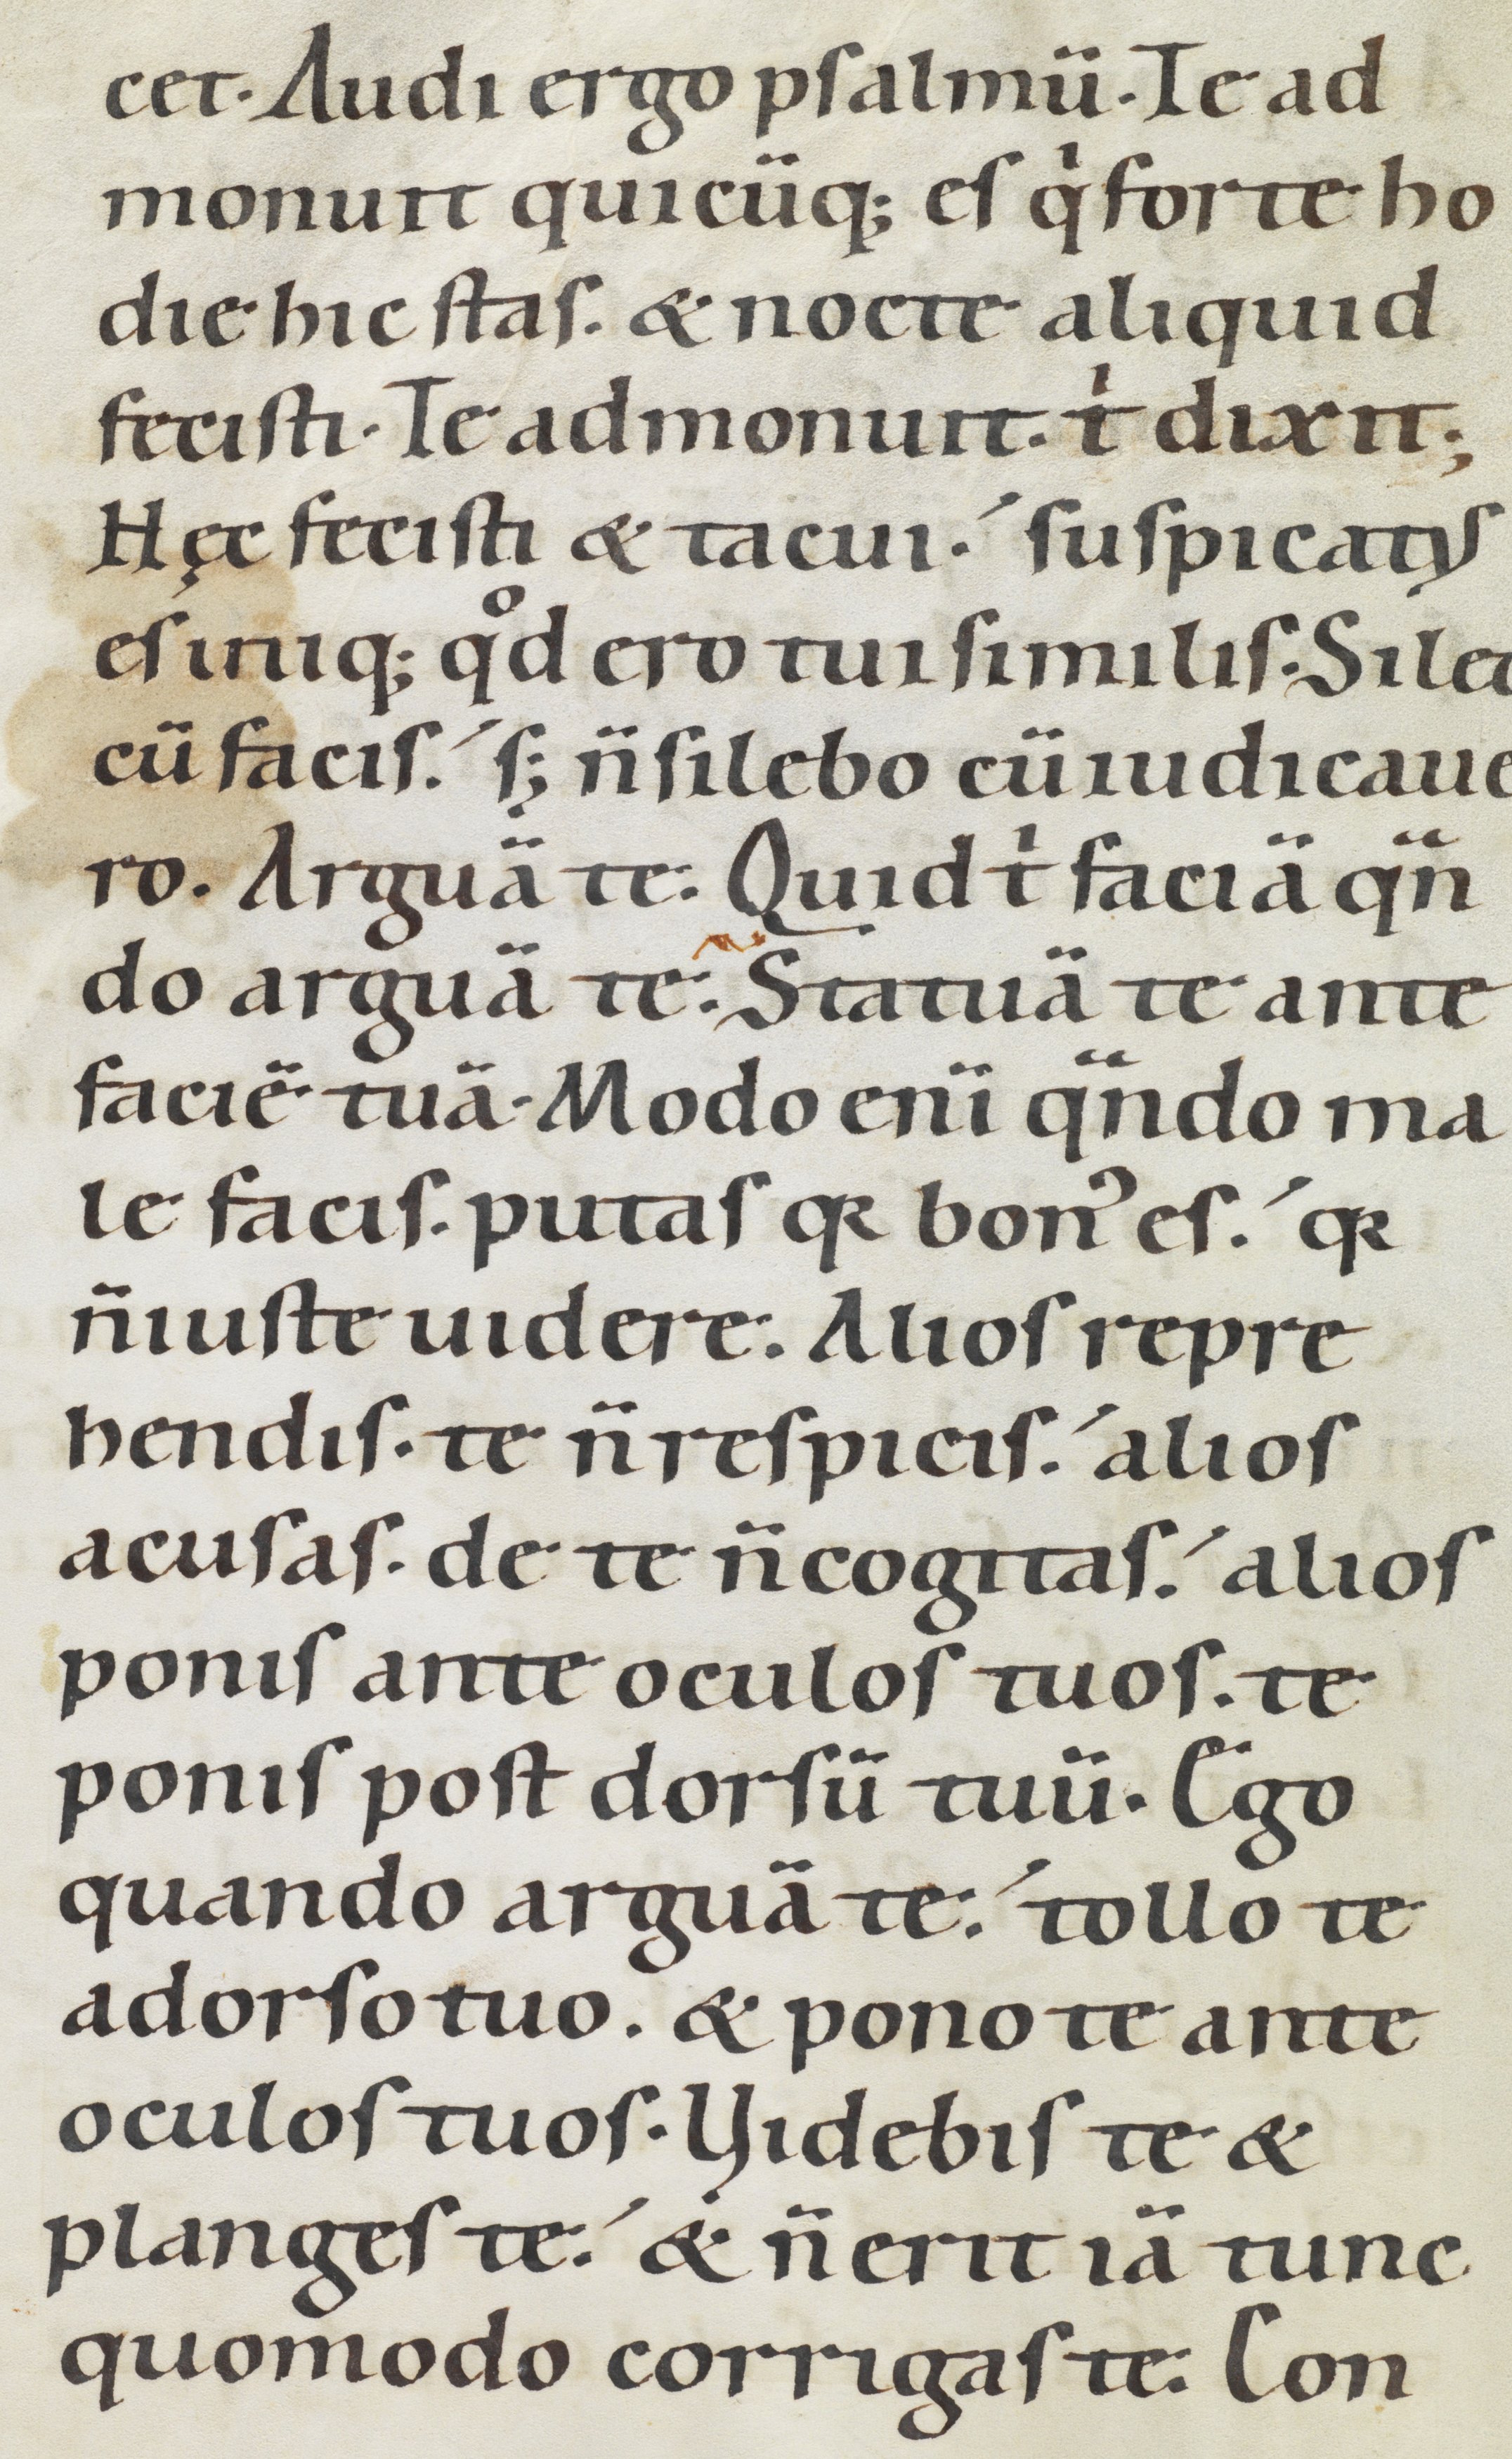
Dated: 1100–1199